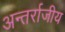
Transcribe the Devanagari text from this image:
अन्तर्राजीय